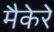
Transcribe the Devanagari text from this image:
मैकेरे